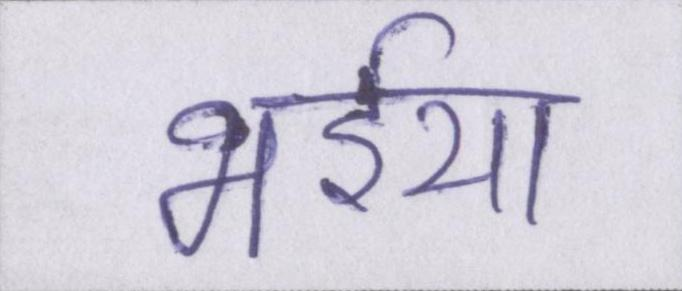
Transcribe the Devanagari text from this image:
भईया